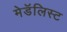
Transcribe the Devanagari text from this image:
मेडॅलिस्ट